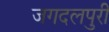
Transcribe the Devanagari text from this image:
जगदलपुरी